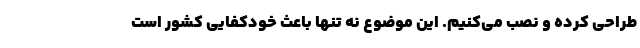
طراحی کرده و نصب می‌کنیم. این موضوع نه تنها باعث خودکفایی کشور است